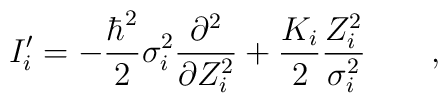
I_i^{\prime }=-\frac{\hbar ^2}2\sigma _i^2\frac{\partial ^2}{\partial Z_i^2}+\frac{ K_i}2\frac{Z_i^2}{\sigma _i^2}\qquad ,